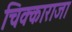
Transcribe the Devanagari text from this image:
चिक्काराजा